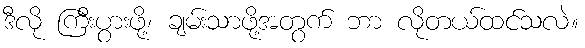
ဒီလို ကြီးပွားဖို့၊ ချမ်းသာဖို့အတွက် ဘာ လိုတယ်ထင်သလဲ။